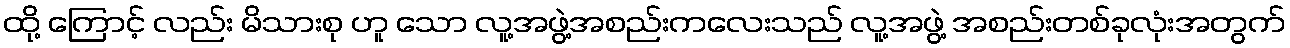
ထို့ ကြောင့် လည်း မိသားစု ဟူ သော လူ့အဖွဲ့အစည်းကလေးသည် လူ့အဖွဲ့ အစည်းတစ်ခုလုံးအတွက်